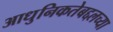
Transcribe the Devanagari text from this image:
आधुनिकतेबद्दलच्या